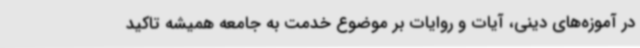
در آموزه‌های دینی، آیات و روایات بر موضوع خدمت به جامعه همیشه تاکید